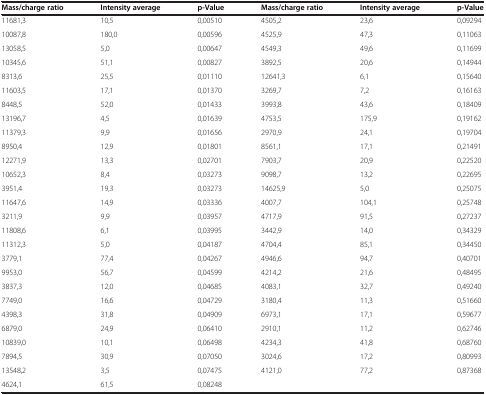
<table><thead><tr><td><b>Mass/charge ratio</b></td><td><b>Intensity average</b></td><td><b>p-Value</b></td><td><b>Mass/charge ratio</b></td><td><b>Intensity average</b></td><td><b>p-Value</b></td></tr></thead><tbody><tr><td>11681,3</td><td>10,5</td><td>0,00510</td><td>4505,2</td><td>23,6</td><td>0,09294</td></tr><tr><td>10087,8</td><td>180,0</td><td>0,00596</td><td>4525,9</td><td>47,3</td><td>0,11063</td></tr><tr><td>13058,5</td><td>5,0</td><td>0,00647</td><td>4549,3</td><td>49,6</td><td>0,11699</td></tr><tr><td>10345,6</td><td>51,1</td><td>0,00827</td><td>3892,5</td><td>20,6</td><td>0,14944</td></tr><tr><td>8313,6</td><td>25,5</td><td>0,01110</td><td>12641,3</td><td>6,1</td><td>0,15640</td></tr><tr><td>11603,5</td><td>17,1</td><td>0,01370</td><td>3269,7</td><td>7,2</td><td>0,16163</td></tr><tr><td>8448,5</td><td>52,0</td><td>0,01433</td><td>3993,8</td><td>43,6</td><td>0,18409</td></tr><tr><td>13196,7</td><td>4,5</td><td>0,01639</td><td>4753,5</td><td>175,9</td><td>0,19162</td></tr><tr><td>11379,3</td><td>9,9</td><td>0,01656</td><td>2970,9</td><td>24,1</td><td>0,19704</td></tr><tr><td>8950,4</td><td>12,9</td><td>0,01801</td><td>8561,1</td><td>17,1</td><td>0,21491</td></tr><tr><td>12271,9</td><td>13,3</td><td>0,02701</td><td>7903,7</td><td>20,9</td><td>0,22520</td></tr><tr><td>10652,3</td><td>8,4</td><td>0,03273</td><td>9098,7</td><td>13,2</td><td>0,22695</td></tr><tr><td>3951,4</td><td>19,3</td><td>0,03273</td><td>14625,9</td><td>5,0</td><td>0,25075</td></tr><tr><td>11647,6</td><td>14,9</td><td>0,03336</td><td>4007,7</td><td>104,1</td><td>0,25748</td></tr><tr><td>3211,9</td><td>9,9</td><td>0,03957</td><td>4717,9</td><td>91,5</td><td>0,27237</td></tr><tr><td>11808,6</td><td>6,1</td><td>0,03995</td><td>3442,9</td><td>14,0</td><td>0,34329</td></tr><tr><td>11312,3</td><td>5,0</td><td>0,04187</td><td>4704,4</td><td>85,1</td><td>0,34450</td></tr><tr><td>3779,1</td><td>77,4</td><td>0,04267</td><td>4946,6</td><td>94,7</td><td>0,40701</td></tr><tr><td>9953,0</td><td>56,7</td><td>0,04599</td><td>4214,2</td><td>21,6</td><td>0,48495</td></tr><tr><td>3837,3</td><td>12,0</td><td>0,04685</td><td>4083,1</td><td>32,7</td><td>0,49240</td></tr><tr><td>7749,0</td><td>16,6</td><td>0,04729</td><td>3180,4</td><td>11,3</td><td>0,51660</td></tr><tr><td>4398,3</td><td>31,8</td><td>0,04909</td><td>6973,1</td><td>17,1</td><td>0,59677</td></tr><tr><td>6879,0</td><td>24,9</td><td>0,06410</td><td>2910,1</td><td>11,2</td><td>0,62746</td></tr><tr><td>10839,0</td><td>10,1</td><td>0,06498</td><td>4234,3</td><td>41,8</td><td>0,68760</td></tr><tr><td>7894,5</td><td>30,9</td><td>0,07050</td><td>3024,6</td><td>17,2</td><td>0,80993</td></tr><tr><td>13548,2</td><td>3,5</td><td>0,07475</td><td>4121,0</td><td>77,2</td><td>0,87368</td></tr><tr><td>4624,1</td><td>61,5</td><td>0,08248</td><td> </td><td> </td><td> </td></tr></tbody></table>